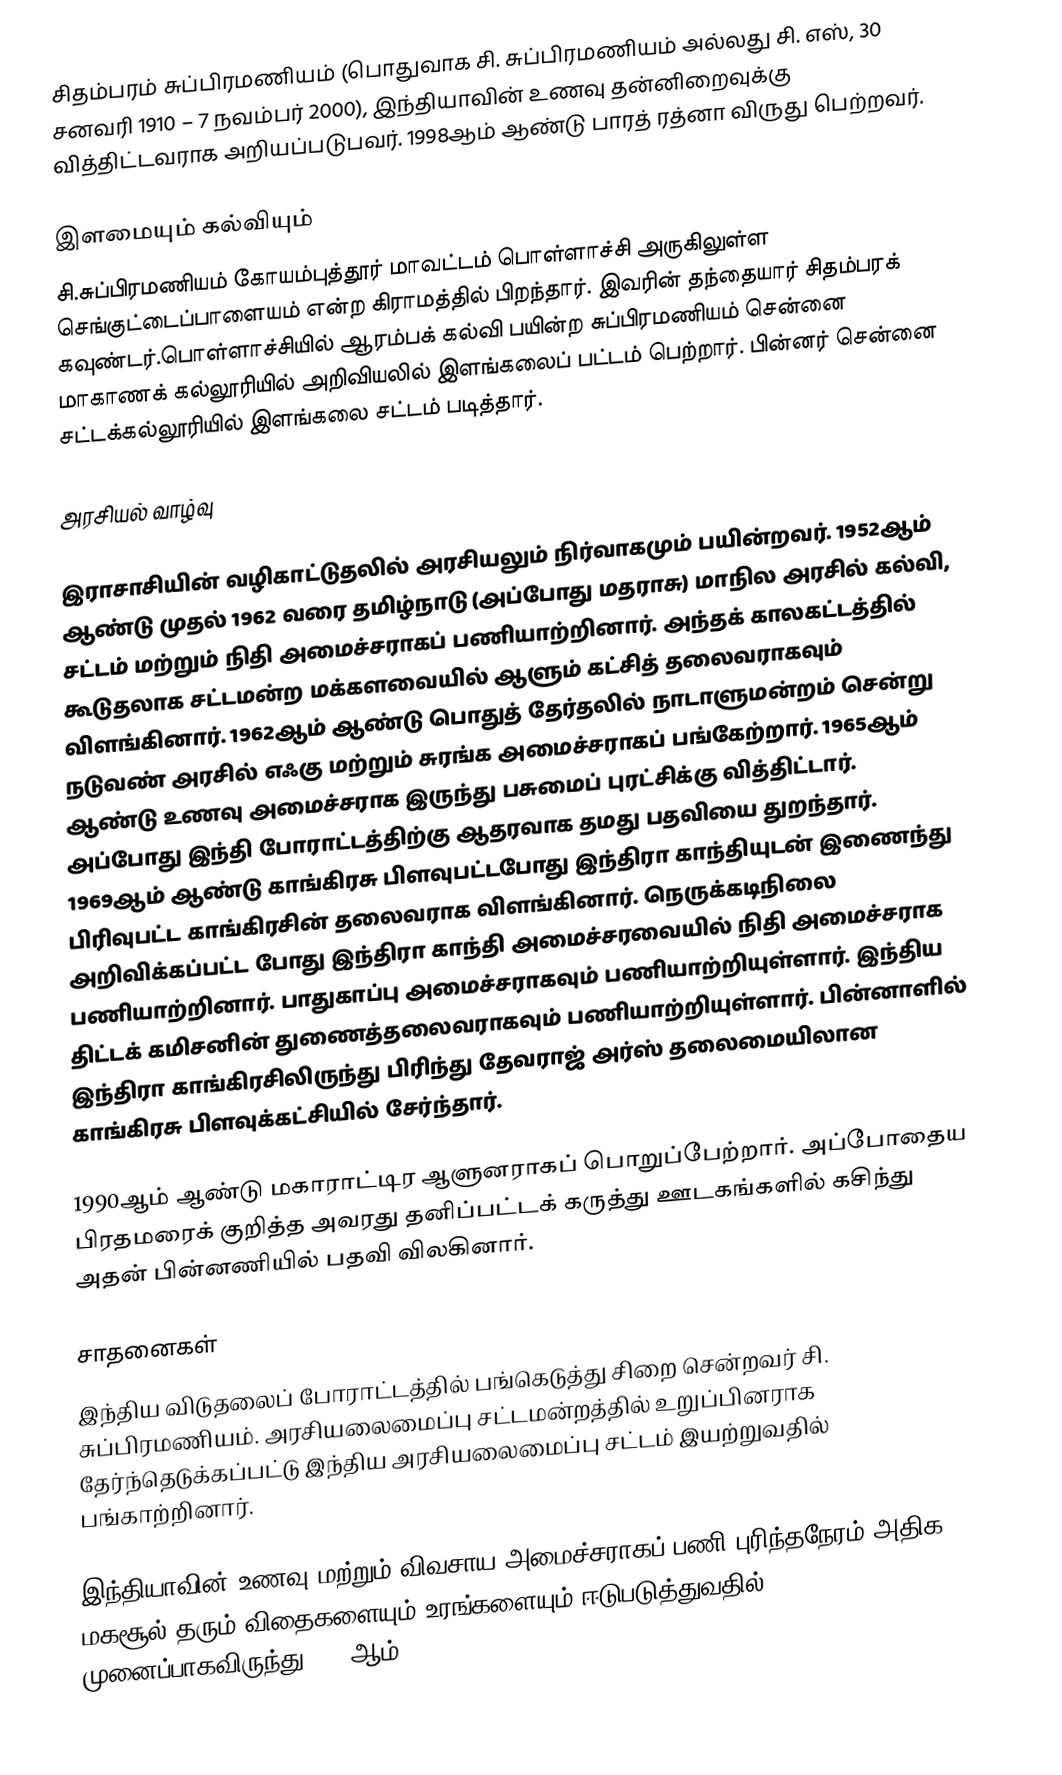
சிதம்பரம் சுப்பிரமணியம் (பொதுவாக சி. சுப்பிரமணியம் அல்லது சி. எஸ், 30 சனவரி 1910 – 7 நவம்பர் 2000), இந்தியாவின் உணவு தன்னிறைவுக்கு வித்திட்டவராக அறியப்படுபவர். 1998ஆம் ஆண்டு பாரத் ரத்னா விருது பெற்றவர்.

இளமையும் கல்வியும்
சி.சுப்பிரமணியம்  கோயம்புத்தூர் மாவட்டம் பொள்ளாச்சி அருகிலுள்ள செங்குட்டைப்பாளையம் என்ற கிராமத்தில் பிறந்தார். இவரின் தந்தையார் சிதம்பரக் கவுண்டர்.பொள்ளாச்சியில் ஆரம்பக் கல்வி பயின்ற சுப்பிரமணியம் சென்னை மாகாணக் கல்லூரியில் அறிவியலில் இளங்கலைப் பட்டம் பெற்றார். பின்னர் சென்னை சட்டக்கல்லூரியில் இளங்கலை சட்டம் படித்தார்.

அரசியல் வாழ்வு

இராசாசியின் வழிகாட்டுதலில் அரசியலும் நிர்வாகமும் பயின்றவர். 1952ஆம் ஆண்டு முதல் 1962 வரை தமிழ்நாடு (அப்போது மதராசு) மாநில அரசில் கல்வி, சட்டம் மற்றும் நிதி அமைச்சராகப் பணியாற்றினார். அந்தக் காலகட்டத்தில் கூடுதலாக சட்டமன்ற மக்களவையில் ஆளும் கட்சித் தலைவராகவும் விளங்கினார். 1962ஆம் ஆண்டு பொதுத் தேர்தலில் நாடாளுமன்றம் சென்று நடுவண் அரசில் எஃகு மற்றும் சுரங்க அமைச்சராகப் பங்கேற்றார். 1965ஆம் ஆண்டு உணவு அமைச்சராக இருந்து பசுமைப் புரட்சிக்கு வித்திட்டார். அப்போது இந்தி போராட்டத்திற்கு ஆதரவாக தமது பதவியை துறந்தார். 1969ஆம் ஆண்டு காங்கிரசு பிளவுபட்டபோது இந்திரா காந்தியுடன் இணைந்து பிரிவுபட்ட காங்கிரசின் தலைவராக விளங்கினார். நெருக்கடிநிலை அறிவிக்கப்பட்ட போது இந்திரா காந்தி அமைச்சரவையில் நிதி அமைச்சராக பணியாற்றினார். பாதுகாப்பு அமைச்சராகவும் பணியாற்றியுள்ளார். இந்திய திட்டக் கமிசனின் துணைத்தலைவராகவும் பணியாற்றியுள்ளார். பின்னாளில் இந்திரா காங்கிரசிலிருந்து பிரிந்து தேவராஜ் அர்ஸ் தலைமையிலான காங்கிரசு பிளவுக்கட்சியில் சேர்ந்தார்.

1990ஆம் ஆண்டு மகாராட்டிர ஆளுனராகப் பொறுப்பேற்றார். அப்போதைய பிரதமரைக் குறித்த அவரது தனிப்பட்டக் கருத்து ஊடகங்களில் கசிந்து அதன் பின்னணியில் பதவி விலகினார்.

சாதனைகள்
இந்திய விடுதலைப் போராட்டத்தில் பங்கெடுத்து சிறை சென்றவர் சி. சுப்பிரமணியம். அரசியலைமைப்பு சட்டமன்றத்தில் உறுப்பினராக தேர்ந்தெடுக்கப்பட்டு இந்திய அரசியலைமைப்பு சட்டம் இயற்றுவதில் பங்காற்றினார்.

இந்தியாவின் உணவு மற்றும் விவசாய அமைச்சராகப் பணி புரிந்தநேரம் அதிக மகசூல் தரும் விதைகளையும் உரங்களையும் ஈடுபடுத்துவதில் முனைப்பாகவிருந்து 1972ஆம்